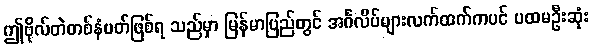
ဤဗိုလ်တဲတစ်နံပတ်ဖြစ်ရ သည်မှာ မြန်မာပြည်တွင် အင်္ဂလိပ်များလက်ထက်ကပင် ပထမဦးဆုံး